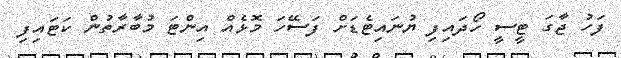
ފަހު ޖާގަ ޓީސީ ހޯދައިފި ޔުނައިޓެޑަށް ފަސޭހަ މޮޅެއް އިންޓަ މުބާރާތުން ކަޓައިފި